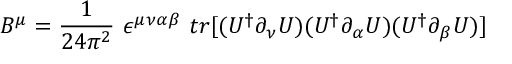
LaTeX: B ^ { \mu } = \frac { 1 } { 2 4 \pi ^ { 2 } } ~ \epsilon ^ { \mu \nu \alpha \beta } ~ t r [ ( U ^ { \dag } \partial _ { \nu } U ) ( U ^ { \dag } \partial _ { \alpha } U ) ( U ^ { \dag } \partial _ { \beta } U ) ]